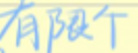
有限个